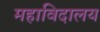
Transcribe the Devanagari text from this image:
महाविदालय